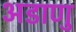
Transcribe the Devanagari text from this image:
अडाणु